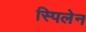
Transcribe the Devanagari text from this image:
स्पिलेन